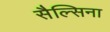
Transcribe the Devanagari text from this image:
सैल्सिना